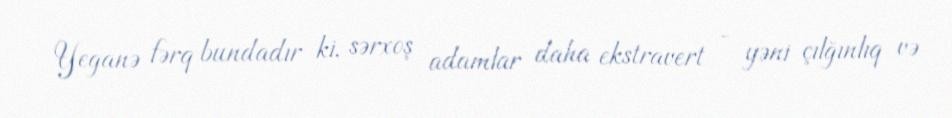
Yeganə fərq bundadır ki, sərxoş adamlar daha ekstravert - yəni çılğınlıq və